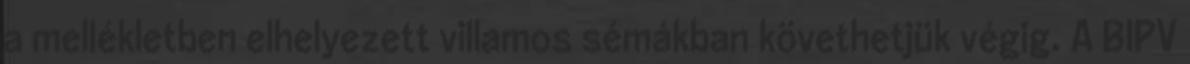
a mellékletben elhelyezett villamos sémákban követhetjük végig. A BIPV